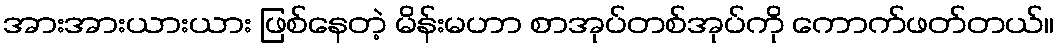
အားအားယားယား ဖြစ်နေတဲ့ မိန်းမဟာ စာအုပ်တစ်အုပ်ကို ကောက်ဖတ်တယ်။